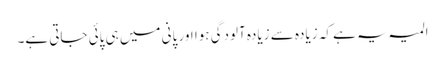
المیہ یہ ہے کہ زیادہ سے زیادہ آلودگی ہوا اور پانی میں ہی پائی جاتی ہے۔